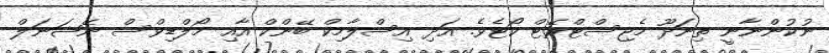
ނުކުންނާނީ ތިނަދޫ މެޖިސްޓްރޭޓް ކޯޓެވެ. އަދި އިސްލާމިކް ބޭންކް އާއި މޯލްޑިވްސް ނޭޝަނަލް